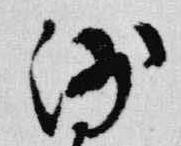
沙